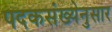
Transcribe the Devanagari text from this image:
पदकसंख्येनुसार